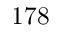
1 7 8